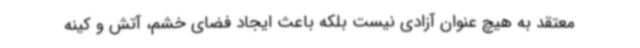
معتقد به هیچ عنوان آزادی نیست بلکه باعث ایجاد فضای خشم، آتش و کینه